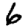
Digit: 6